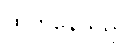
ထွက်နေသည်